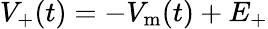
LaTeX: V_{+}(t)=-V_{\mathrm{m}}(t)+E_{+}